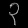
Digit: ၃